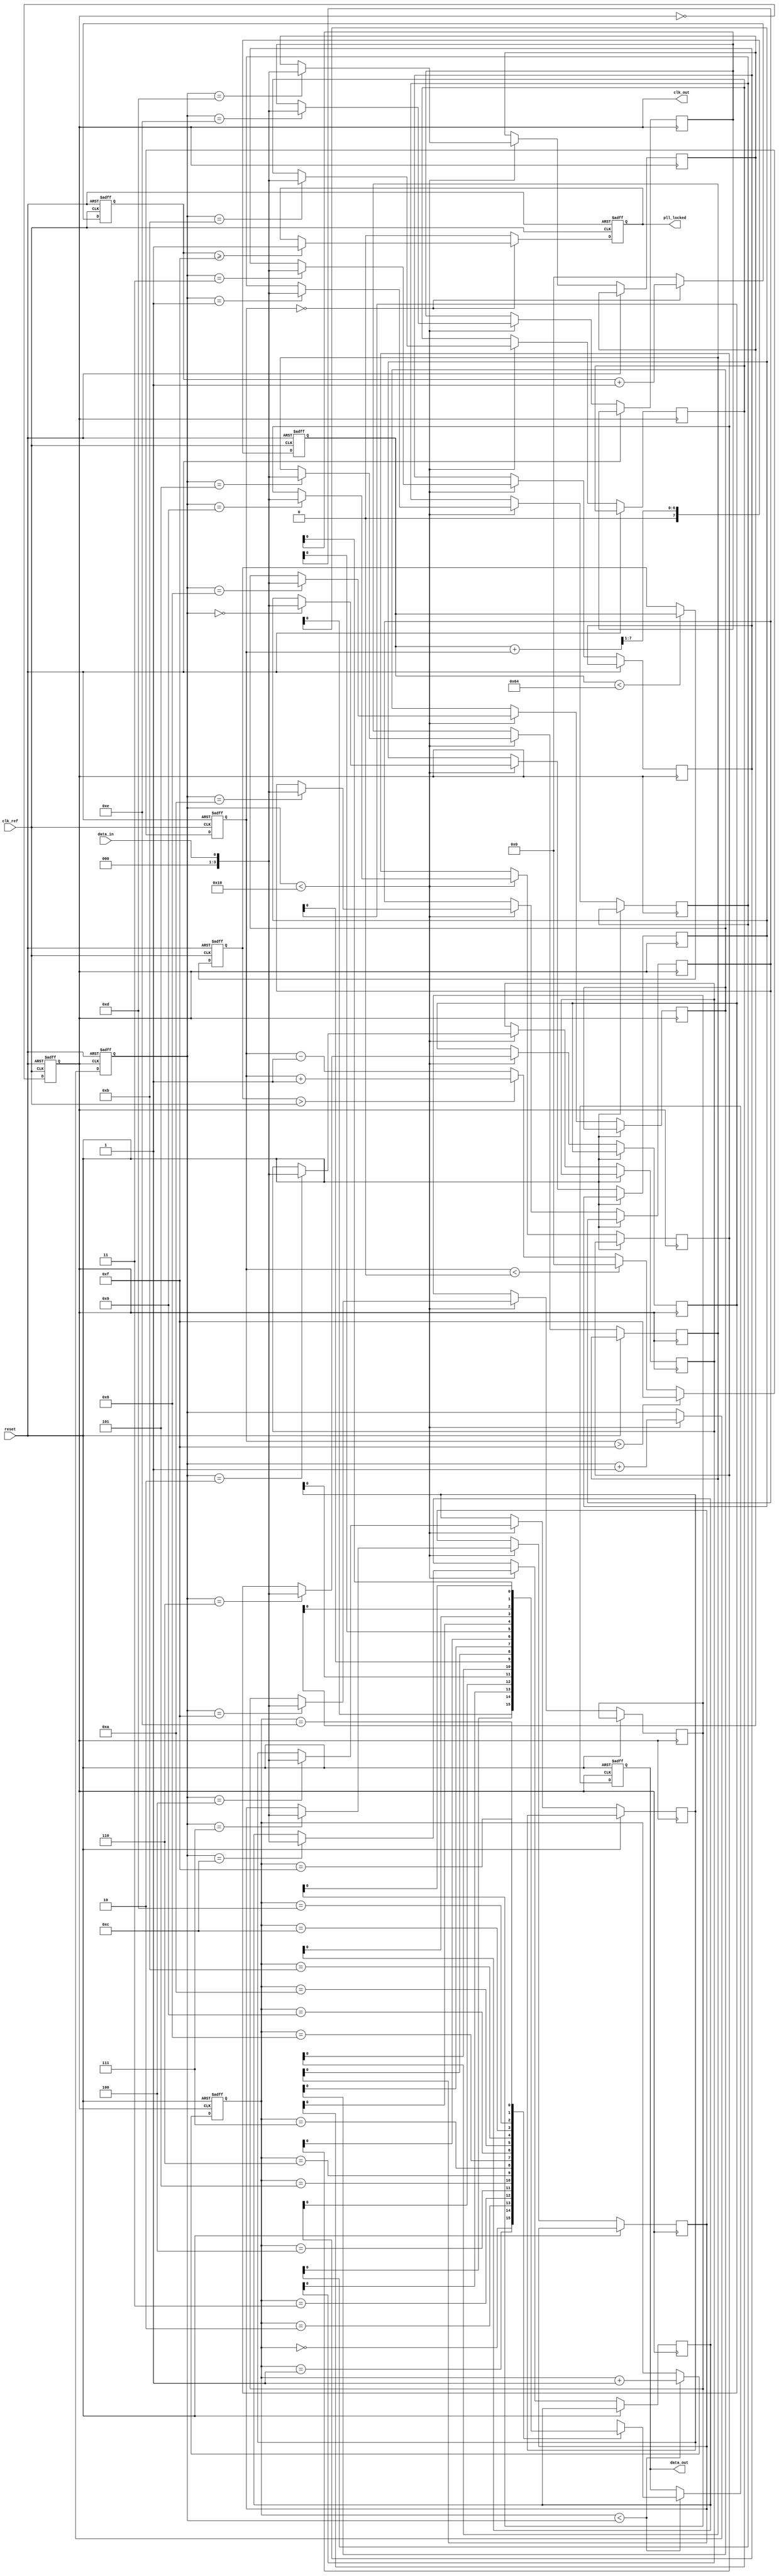
module pll_synchronizer(
    input wire clk_ref,             // Reference clock
    input wire reset,               // Reset signal
    input wire data_in,             // Data input from source clock domain
    output reg data_out,            // Synchronized data output
    output reg clk_out,             // Synchronized clock output
    output reg pll_locked           // PLL lock status
);

// Parameters
parameter PHASE_ERROR_MAX = 4'b1111; // Maximum phase error value
parameter VCO_FREQUENCY_MAX = 100;    // Max VCO frequency (arbitrary units)
parameter FIFO_DEPTH = 16;             // Depth of FIFO buffer

// Internal signals
reg [3:0] phase_error;                 // Phase error signal from phase detector
reg [7:0] control_voltage;              // Control voltage for VCO
reg [7:0] vco_output;                   // VCO output clock
reg [3:0] fifo [0:FIFO_DEPTH-1];       // Simple FIFO buffer
reg [3:0] fifo_write_ptr;               // FIFO write pointer
reg [3:0] fifo_read_ptr;                // FIFO read pointer
reg [3:0] lock_count;                   // Lock detection counter

// Phase Detector
always @(posedge clk_ref or posedge reset) begin
    if (reset) begin
        phase_error <= 4'b0;
    end else begin
        // Simplified phase error detection logic
        phase_error <= (vco_output > clk_ref) ? phase_error + 1 : phase_error - 1;
        if (phase_error > PHASE_ERROR_MAX) phase_error <= PHASE_ERROR_MAX;
        else if (phase_error < 4'b0) phase_error <= 4'b0;
    end
end

// Low-Pass Filter
always @(posedge clk_ref or posedge reset) begin
    if (reset) begin
        control_voltage <= 8'b0;
    end else begin
        // Simple averaging filter
        control_voltage <= (control_voltage + phase_error) >> 1;
    end
end

// Voltage-Controlled Oscillator (VCO)
always @(posedge clk_ref or posedge reset) begin
    if (reset) begin
        vco_output <= 8'b0;
        clk_out <= 0;
    end else begin
        // VCO output based on control voltage
        if (control_voltage < VCO_FREQUENCY_MAX) begin
            vco_output <= control_voltage; // Adjust frequency based on control voltage
        end
        clk_out <= ~clk_out; // Toggle output clock
    end
end

// Clock Divider (optional)
reg clk_div;
always @(posedge clk_out or posedge reset) begin
    if (reset) begin
        clk_div <= 0;
    end else begin
        clk_div <= ~clk_div; // Divide the clock
    end
end

// Data Synchronizer (FIFO)
always @(posedge clk_out or posedge reset) begin
    if (reset) begin
        fifo_write_ptr <= 0;
        fifo_read_ptr <= 0;
        data_out <= 0;
    end else begin
        // Write data to FIFO
        if (fifo_write_ptr < FIFO_DEPTH) begin
            fifo[fifo_write_ptr] <= data_in;
            fifo_write_ptr <= fifo_write_ptr + 1;
        end
        // Read data from FIFO
        if (fifo_read_ptr < fifo_write_ptr) begin
            data_out <= fifo[fifo_read_ptr];
            fifo_read_ptr <= fifo_read_ptr + 1;
        end
    end
end

// Lock Detection
always @(posedge clk_ref or posedge reset) begin
    if (reset) begin
        lock_count <= 0;
        pll_locked <= 0;
    end else begin
        if (phase_error == 4'b0) begin
            lock_count <= lock_count + 1;
            if (lock_count >= 4'b1111) begin
                pll_locked <= 1;
            end
        end else begin
            lock_count <= 0;
            pll_locked <= 0;
        end
    end
end

endmodule